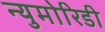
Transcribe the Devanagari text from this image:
न्युमोरिडी